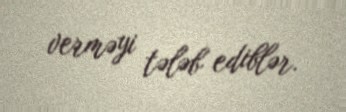
verməyi tələb ediblər.